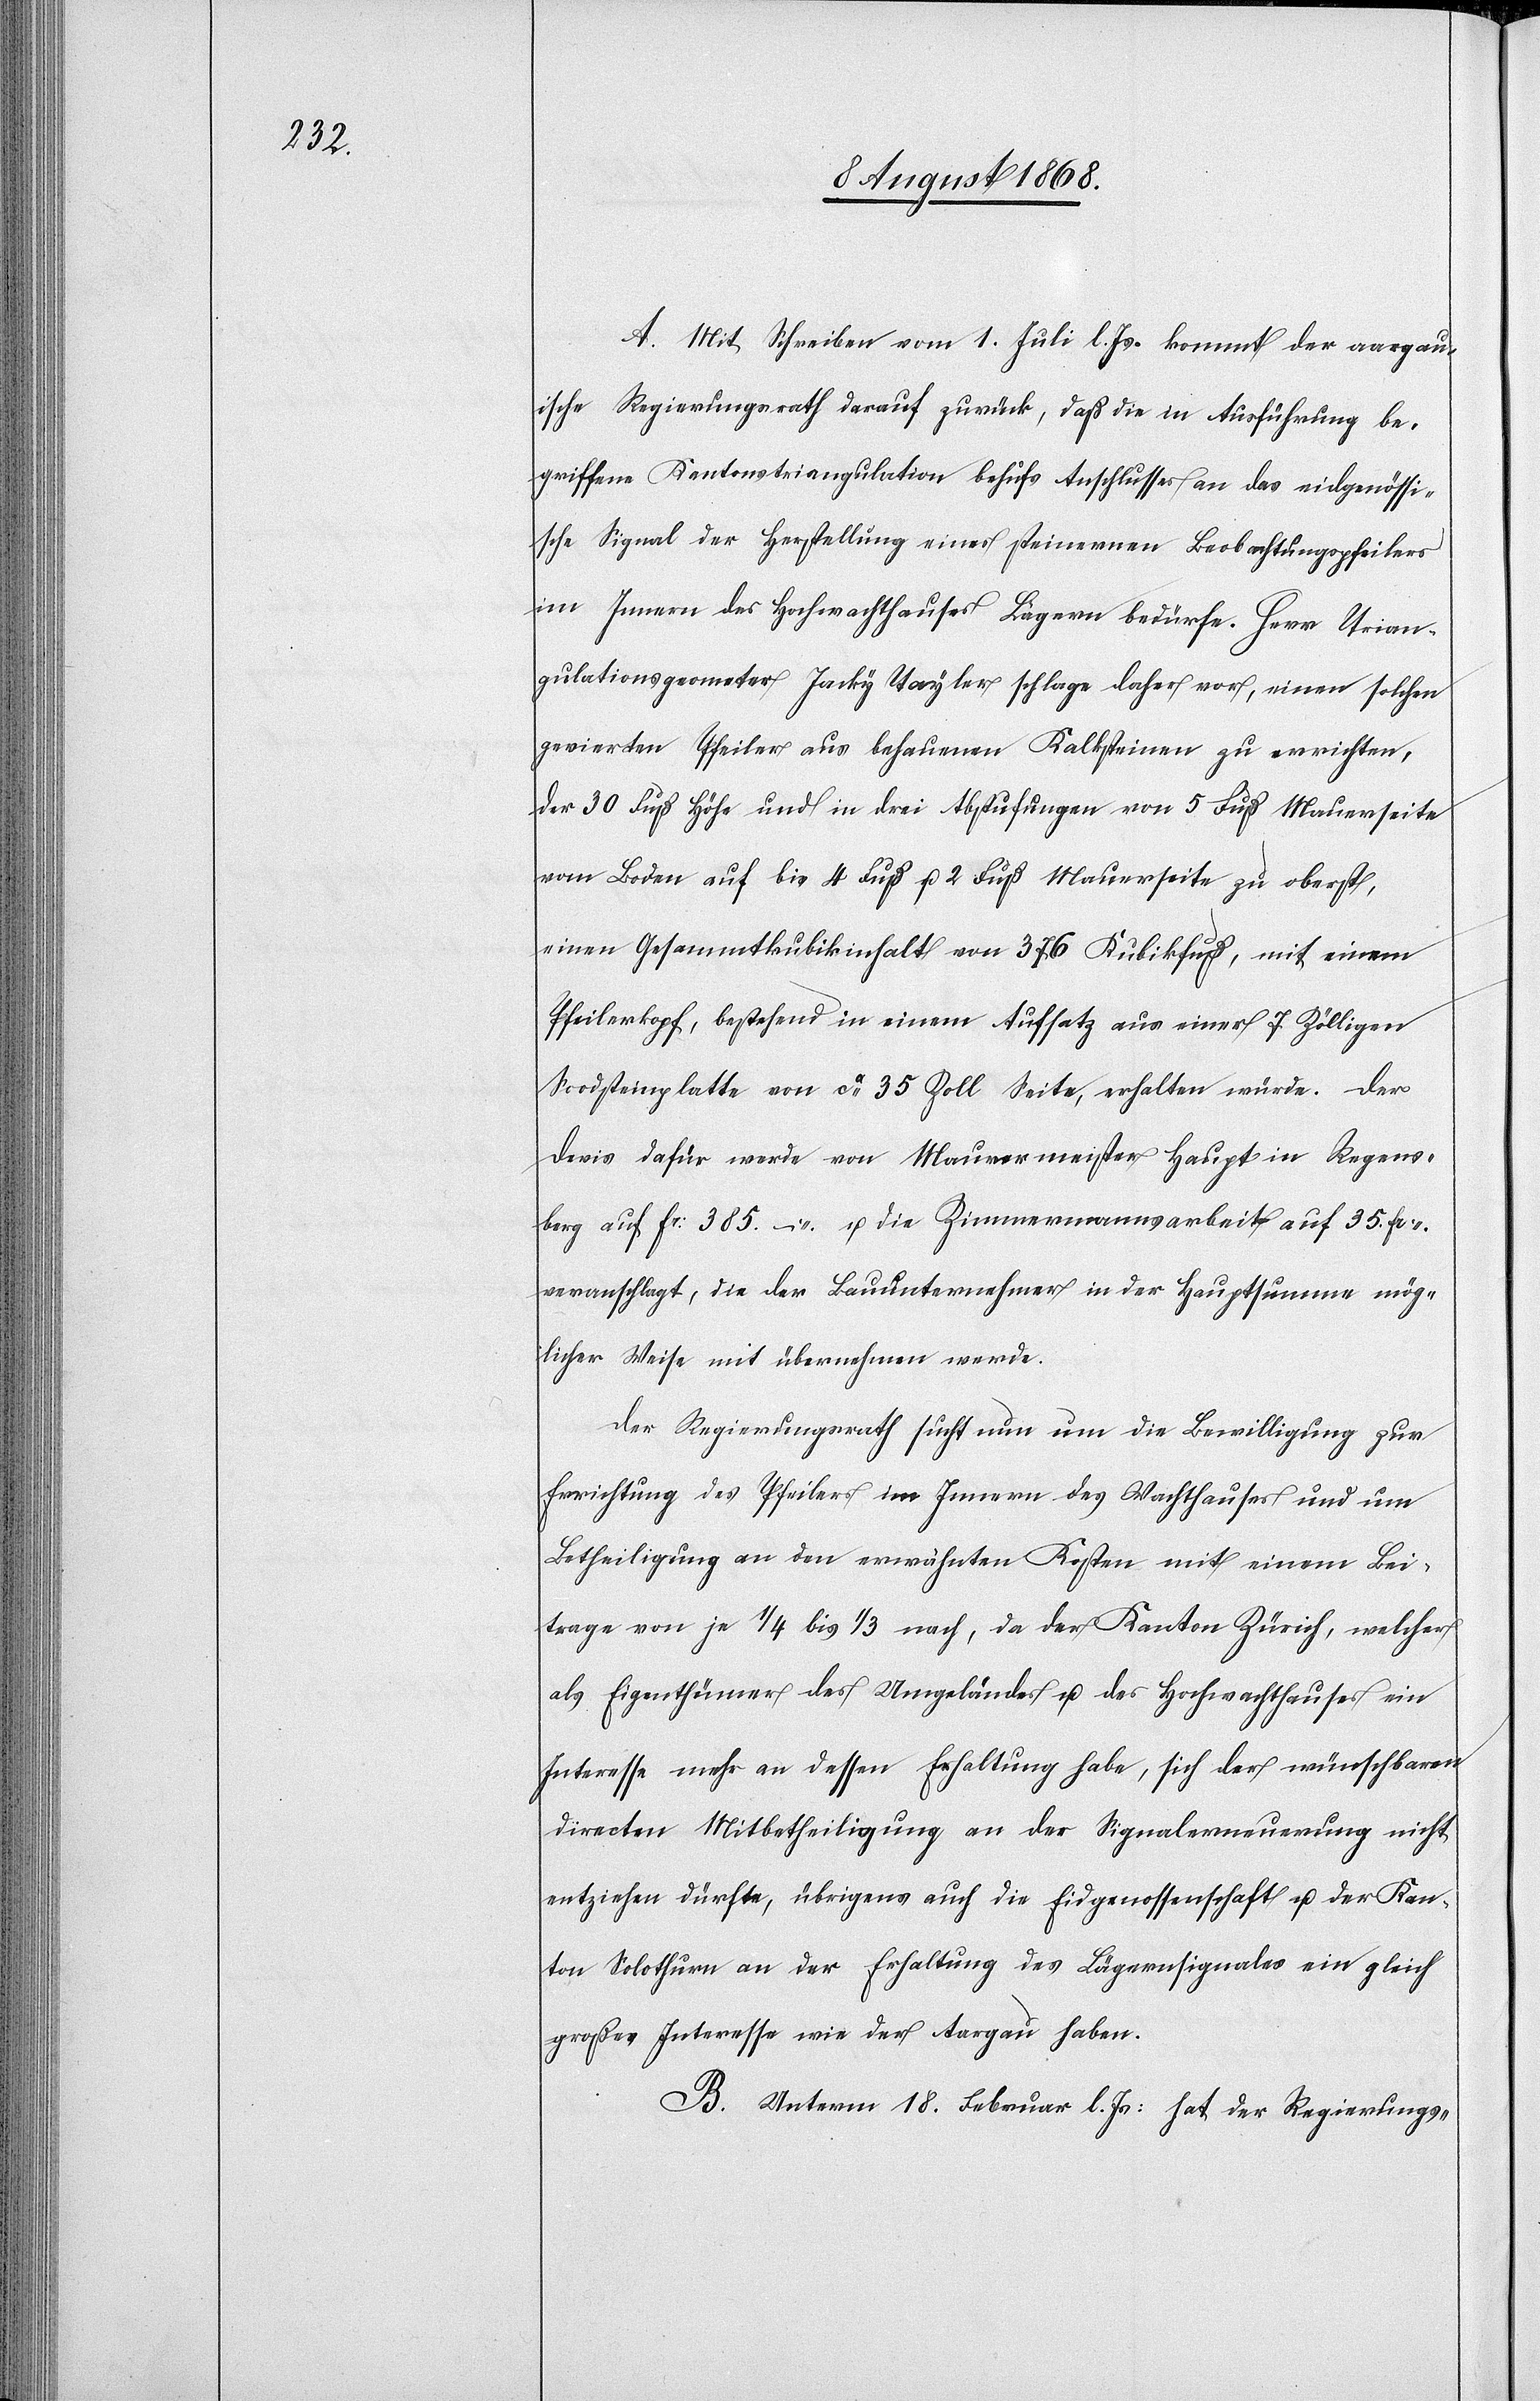
A. Mit Schreiben vom 1. Juli l. Js. kommt der aargau¬
ische Regierungsrath darauf zurück, daß die in Ausführung be¬
griffene Kantonstriangulation behufs Anschlusses an das eidgenössi¬
sche Signal der Herstellung eines steinernen Beobachtungspfeilers
im Innern des Hochwachthauses Lägern bedürfe. Herr Trian¬
gulationsgeometer Jacky Tayler schlage daher vor, einen solchen
gevierten Pfeiler aus behauenen Kalksteinen zu errichten,
der 30 Fuß Höhe und in drei Abstufungen von 5 Fuß Mauerseite
vom Boden auf die 4 Fuß u. 2 Fuß Mauerseite zu oberst,
einen Gesammtkubikinhalt von 376 Kubikfuß, mit einem
Pfeilerkopf, bestehend in einem Aufsatz aus einer 7 Zölligen
Soodsteinplatte von ca 35 Zoll Seite, erhalten würde. Der
Devis dafür werde von Maurermeister Haupt in Regens¬
berg auf Fr: 385. – u. die Zimmermannsarbeit auf 35. Fr
veranschlagt, die der Bauunternehmer in der Hauptsumme mög¬
licher Weise mit übernehmen werde.
Der Regierungsrath sucht nun um die Bewilligung zur
Errichtung des Pfeilers im Innern des Wachthauses und um
Betheiligung an den erwähnten Kosten mit einem Bei¬
trage von je 1/4 bis 1/3 nach, da der Kanton Zürich, welcher
als Eigenthümer des Umgeländes u. des Hochwachthauses ein
Interesse mehr an dessen Erhaltung habe, sich der wünschbaren
directen Mitbetheiligung an der Signalerneuerung nicht
entziehen dürfte, übrigens auch die Eidgenossenschaft u. der Kan¬
ton Solothurn an der Erhaltung des Lägernsignales ein gleich
großes Interesse wie der Aargau haben.
B. Unterm 18. Februar l. Js: hat der Regierungs-